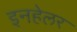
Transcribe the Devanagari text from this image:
इनहेलर